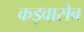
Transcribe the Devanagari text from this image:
कड़वासेब